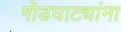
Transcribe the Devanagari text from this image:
गोडघाट्यांना